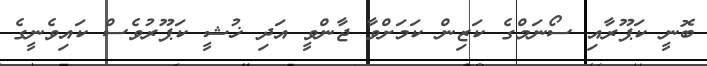
ބޮނީ ކަޕޫރާއި ސޯނަމްގެ ކަޒިން ކަމަށްވާ ޖާންވީ އަދި ޚުޝީ ކަޕޫރުވެސް ކައިވެނީގެ